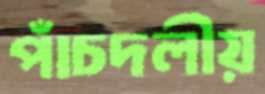
পাঁচদলীয়